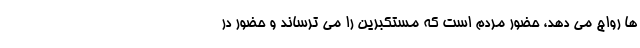
ها رواج می دهد، حضور مردم است که مستکبرین را می ترساند و حضور در